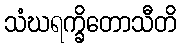
သံဃရက္ခိတောသီတိ